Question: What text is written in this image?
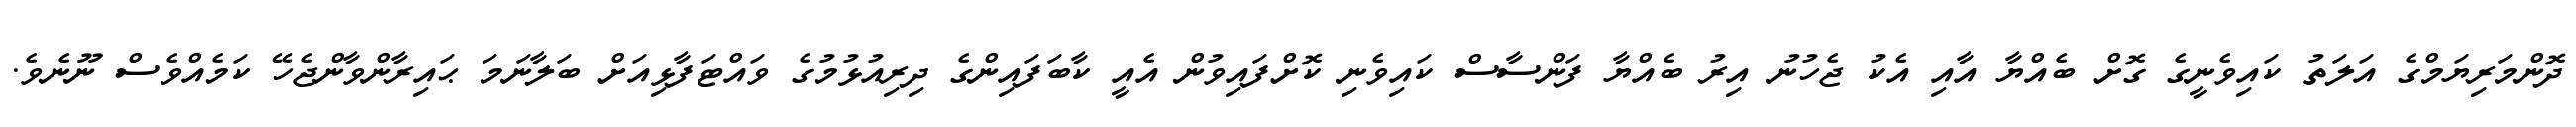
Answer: ދޮންމަރިޔަމްގެ އަލަތު ކައިވެނީގެ ގޮށް ބެއްޔާ އާއި އެކު ޖެހުނު އިރު ބެއްޔާ ފަންސާސް ކައިވެނި ކޮށްފައިވުން އެއީ ކާބަފައިންގެ ދިރިއުޅުމުގެ ވައްޓަފާޅިއަށް ބަލާނަމަ ޙައިރާންވާންޖެހޭ ކަމެއްވެސް ނޫނެވެ.